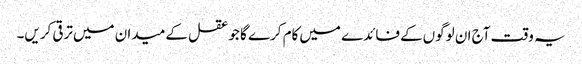
یہ وقت آج ان لوگوں‌کے فائدے میں‌کام کرے گا جو عقل کے میدان میں‌ترقی کریں۔